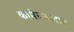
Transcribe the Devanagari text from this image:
कामेरूनश्टाड